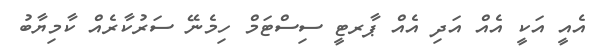
އެއީ އަކީ އެއް އަދި އެއް ޕާރޓީ ސިސްޓަމް ހިމެނޭ ސަރުކާރެއް ކާމިޔާބު